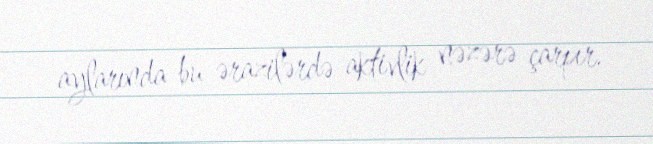
aylarında bu ərazilərdə aktivlik nəzərə çarpır.